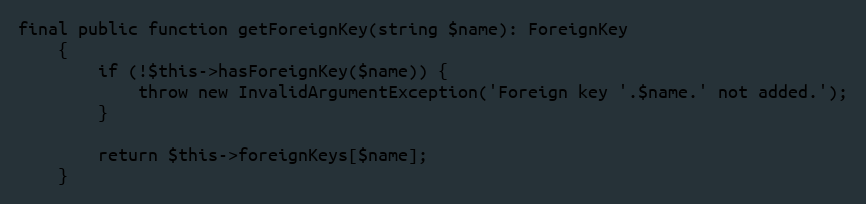
Language: PHP
final public function getForeignKey(string $name): ForeignKey
    {
        if (!$this->hasForeignKey($name)) {
            throw new InvalidArgumentException('Foreign key '.$name.' not added.');
        }

        return $this->foreignKeys[$name];
    }